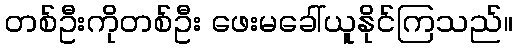
တစ်ဦးကိုတစ်ဦး ဖေးမခေါ်ယူနိုင်ကြသည်။